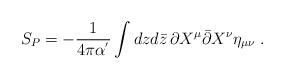
LaTeX: \begin{align*}S_{P}=-\frac{1}{4\pi \alpha^{'}}\int dzd\bar{z} \,\partial X^{\mu}\bar{\partial} X^{\nu} \eta_{\mu\nu}\;.\end{align*}